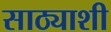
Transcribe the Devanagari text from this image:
साठ्याशी